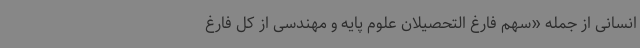
انسانی از جمله «سهم فارغ التحصیلان علوم پایه و مهندسی از کل فارغ